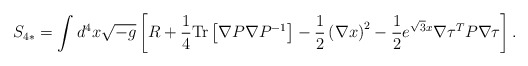
\begin{align*}S_{4*} = \int d^4 x \sqrt{-g} \left[ R +\frac{1}{4} {\rm Tr} \left[ \nabla P \nabla P^{-1} \right] -\frac{1}{2} \left( \nabla x \right)^2 -\frac{1}{2} e^{\sqrt{3} x} \nabla\tau^T P \nabla\tau \right] .\end{align*}